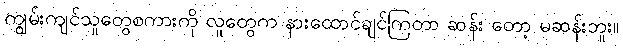
ကျွမ်းကျင်သူတွေစကားကို လူတွေက နားထောင်ချင်ကြတာ ဆန်း တော့ မဆန်းဘူး။